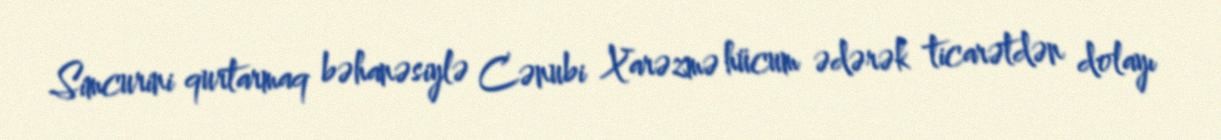
Simcurini qurtarmaq bəhanəsiylə Cənubi Xarəzmə hücum ədərək ticarətdən dolayı